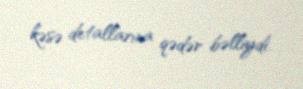
kəsə detallarına qədər bəlliydi.